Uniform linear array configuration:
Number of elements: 24
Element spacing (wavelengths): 0.75
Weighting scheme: kaiser
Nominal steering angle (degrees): -45
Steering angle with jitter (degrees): -45.346
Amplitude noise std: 0.05
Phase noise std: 0.05

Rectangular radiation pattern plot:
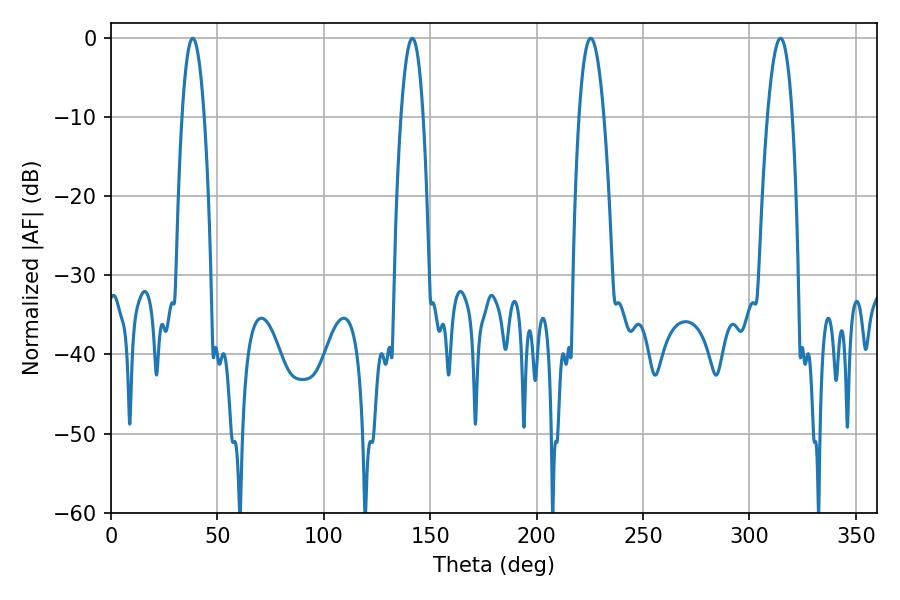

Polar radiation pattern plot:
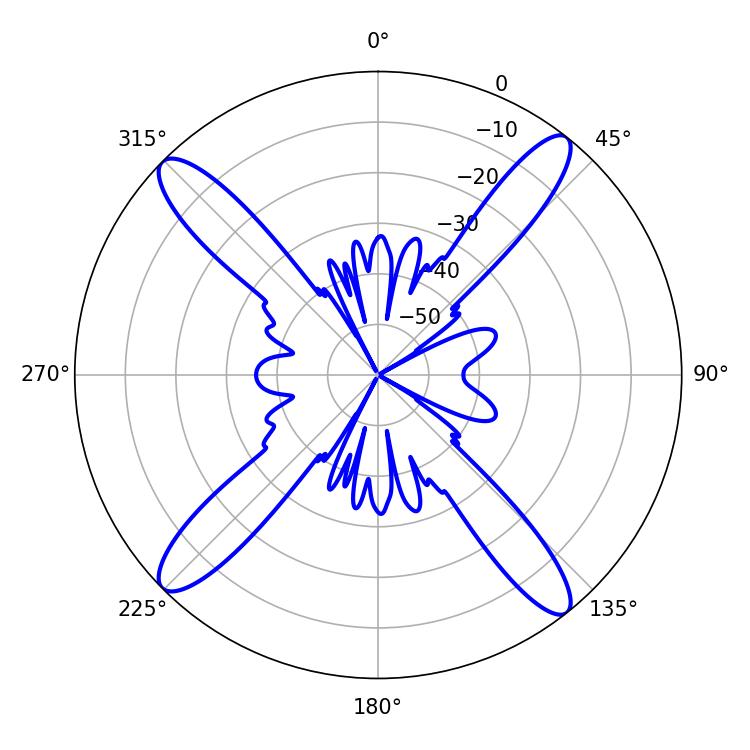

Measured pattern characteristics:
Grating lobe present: TRUE
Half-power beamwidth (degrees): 6.48
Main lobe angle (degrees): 225.36